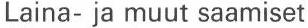
Laina- ja muut saamiset